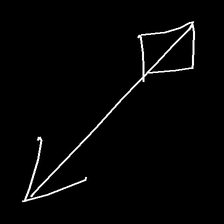
Glyph: focus